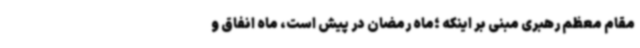
مقام معظم رهبری مبنی بر اینکه ؛ماه رمضان در پیش است، ماه انفاق و